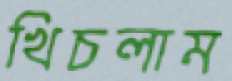
খিচলাম